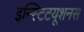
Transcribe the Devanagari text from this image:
इन्स्टिटयूशनस